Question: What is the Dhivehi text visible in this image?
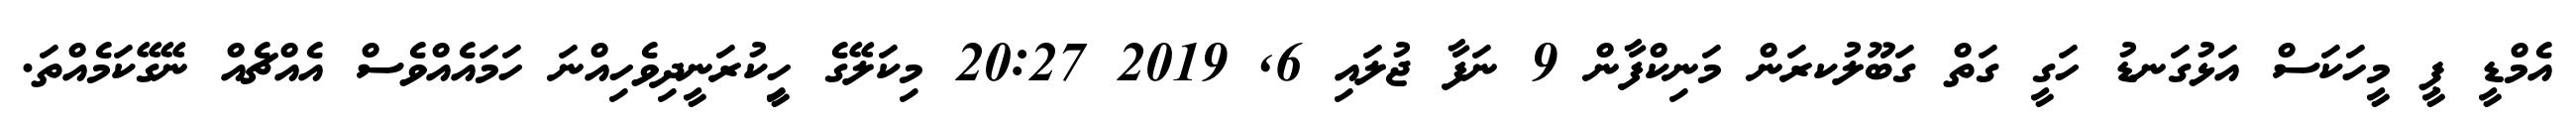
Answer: އެމްޑީ ޕީ މީހަކަސް އަޅުގަނޑު ހަގީ ގަތް ގަބޫލުކރަން މަނިކްފާން 9 ނަފާ ޖުލައި 6, 2019 20:27 މިކަލޭގެ ހީިކުރަނީދިވެހިއްނަ ހަމައެއްވެސް އެއްޗެއް ނޭގޭކަމެއްތަ.